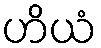
ဟိယံ